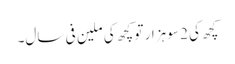
کچھ کی 2 سو ہزار تو کچھ کی ملین فی سال۔